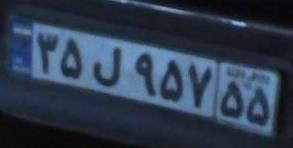
۳۵ل۹۵۷۵۵